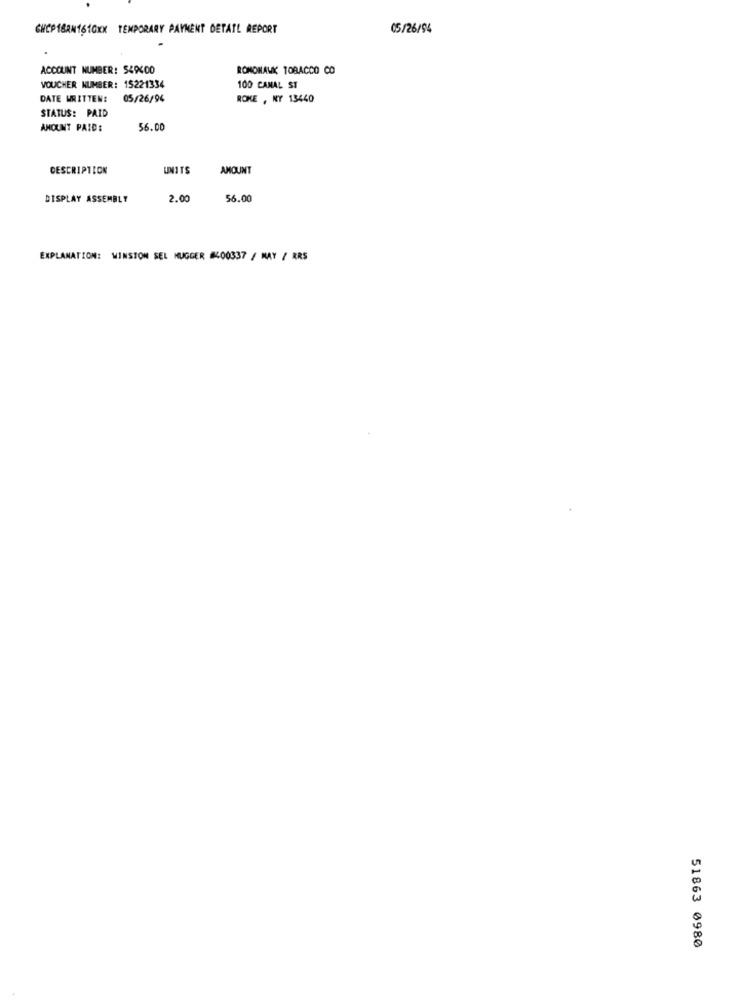
CHCP18AM1610KX TEMPORARY PAYMENT DETATL REPORT
05/26/94
ACCOUNT NUMBER: 549400
ROMONAWK TOBACCO CO
VOUCHER NUMBER: 15221334
100 CANAL ST
DATE WRITTEN:
05/26/94
ROKE , NY 13440
STATUS: PAID
AMOUNT PAID:
56.00
DESCRIPTION
UNITS
AMOUNT
DISPLAY ASSEMBLY
2.00
56.00
EXPLANATION: WINSTON SEL HUGGER #400337 / MAY / RRS
51863 0980